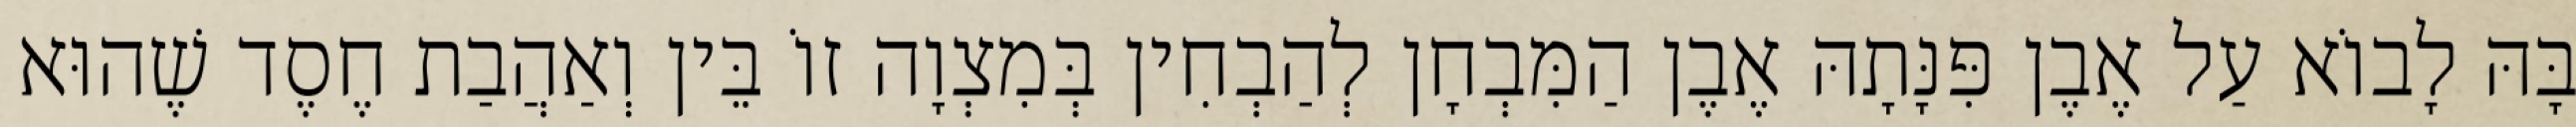
בָּהּ לָבוֹא עַל אֶבֶן פִּנָּתָהּ אֶבֶן הַמִּבְחָן לְהַבְחִין בְּמִצְוָה זוֹ בֵּין וְאַהֲבַת חֶסֶד שֶׁהוּא